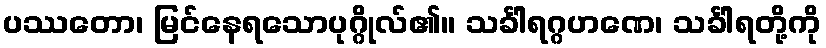
ပဿတော၊ မြင်နေရသောပုဂ္ဂိုလ်၏။ သင်္ခါရဂ္ဂဟဏေ၊ သင်္ခါရတို့ကို